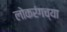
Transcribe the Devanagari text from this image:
लोकरंगच्या